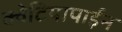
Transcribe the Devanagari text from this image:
क्वेटियापाईन